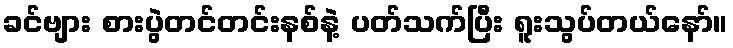
ခင်ဗျား စားပွဲတင်တင်းနစ်နဲ့ ပတ်သက်ပြီး ရူးသွပ်တယ်နော်။